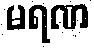
မရဏ